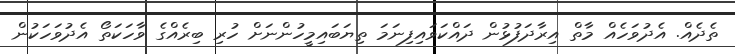
ތެދެއް. އެދުވަހެއް މާތް އިރާދަފުޅުން ދައްކަވައިފިނަމަ ތިޔަބައިމީހުންނަށް ހުރި ބިރެއްގެ ވާހަކަތޯ އެދުވަހަކުން